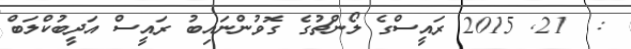
:  21